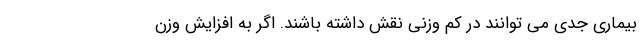
بیماری جدی می توانند در کم وزنی نقش داشته باشند. اگر به افزایش وزن